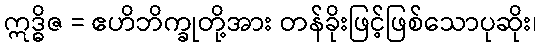
ဣဒ္ဓိဇ = ဧဟိဘိက္ခုတို့အား တန်ခိုးဖြင့်ဖြစ်သောပုဆိုး၊